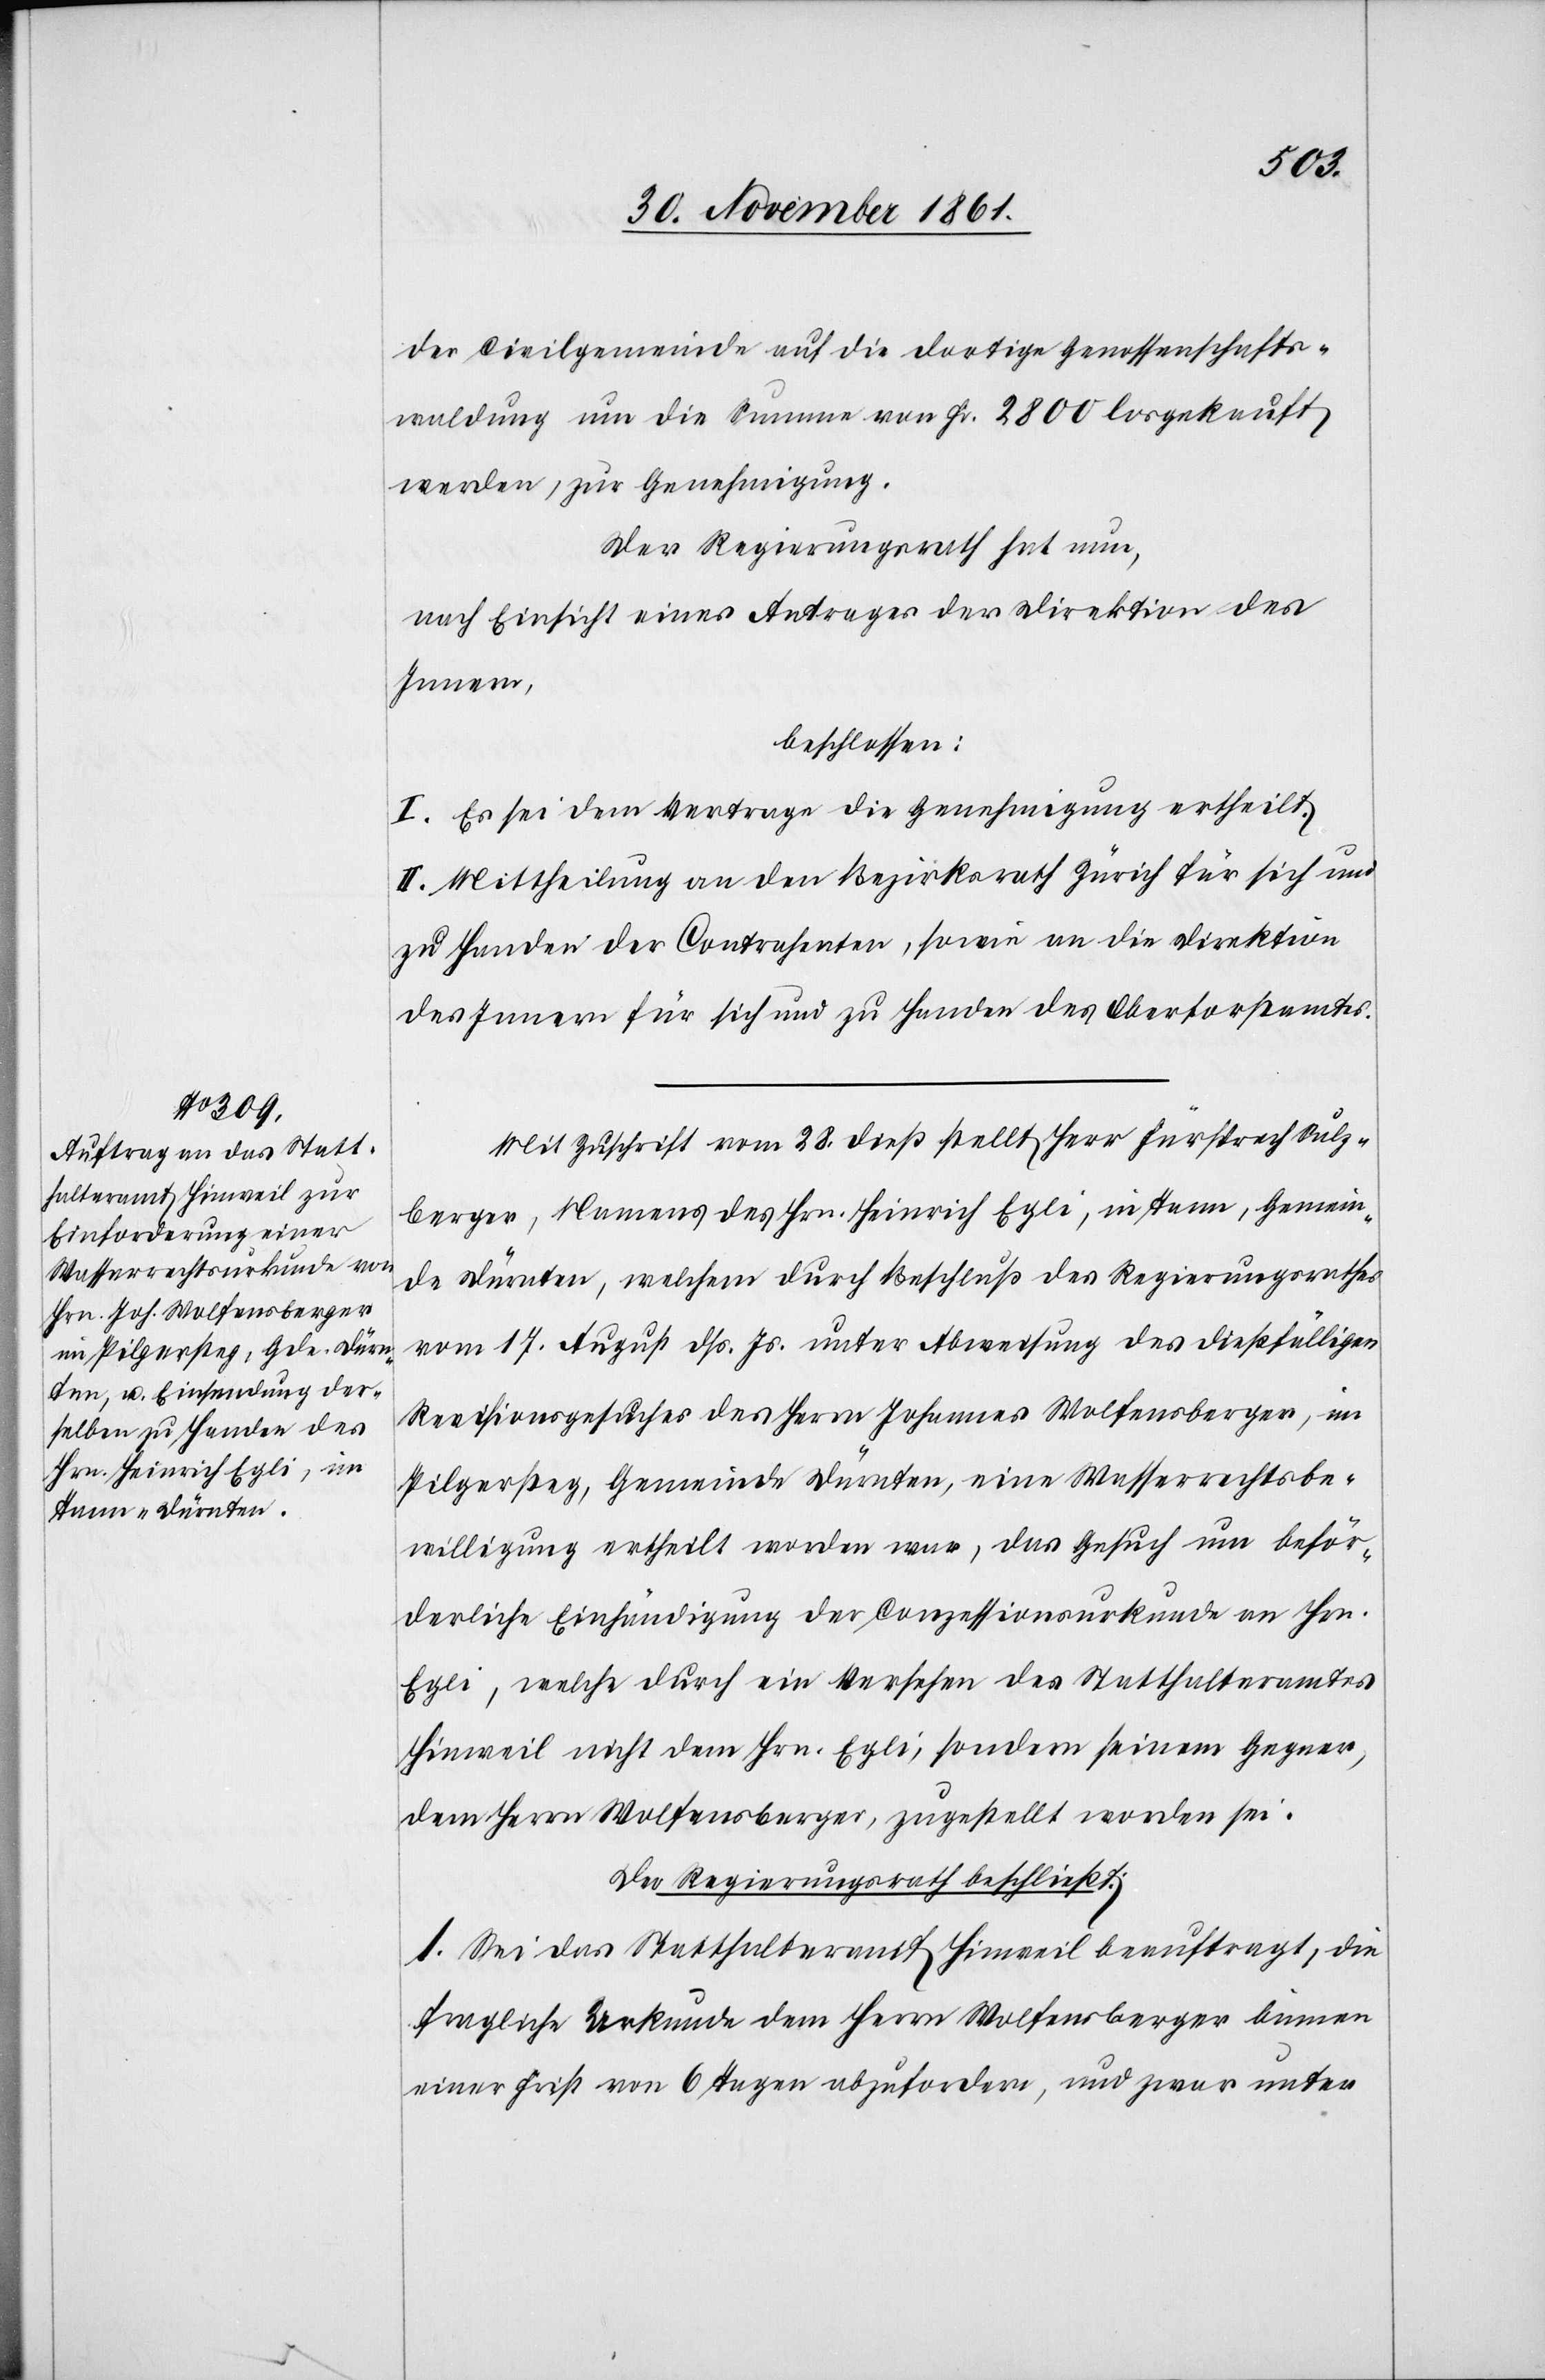
der Civilgemeinde auf die dortige Genossenschafts¬
waldung um die Summe von Fr. 2800 losgekauft
werden, zur Genehmigung.
Der Regierungsrath hat nun,
nach Einsicht eines Antrages der Direktion des
Innern,
beschlossen:
I. Es sei dem Vertrage die Genehmigung ertheilt.
II. Mittheilung an den Bezirksrath Zürich für sich und
zu Handen der Contrahenten, sowie an die Direktion
des Innern für sich und zu Handen des Oberforstamtes.
Mit Zuschrift vom 28 dieß stellt Herr Fürsprecher Sulz¬
berger, Namens des Hrn. Heinrich Egli, in Tann, Gemein¬
de Dürnten, welchem durch Beschluß des Regierungsrathes
vom 17 August dß. Js. unter Abweisung des dießfälligen
Revisionsgesuches des Herrn Johannes Wolfensberger, im
Pilgersteg, Gemeinde Dürnten, eine Wasserrechtsbe¬
willigung ertheilt worden war, das Gesuch um beför¬
derliche Einhändigung der Conzessionsurkunde an Hrn.
Egli, welche durch ein Versehen des Statthalteramtes
Hinweil nicht dem Hrn. Egli, sondern seinem Gegner,
dem Herrn Wolfensberger, zugestellt worden sei.
Der Regierungsrath beschließt:
1. Sei das Statthalteramt Hinweil beauftragt, die
fragliche Urkunde dem Herrn Wolfensberger binnen
einer Frist von 6 Tagen abzufordern, und zwar unter